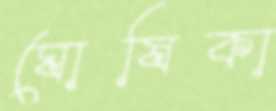
ঘোষিকা